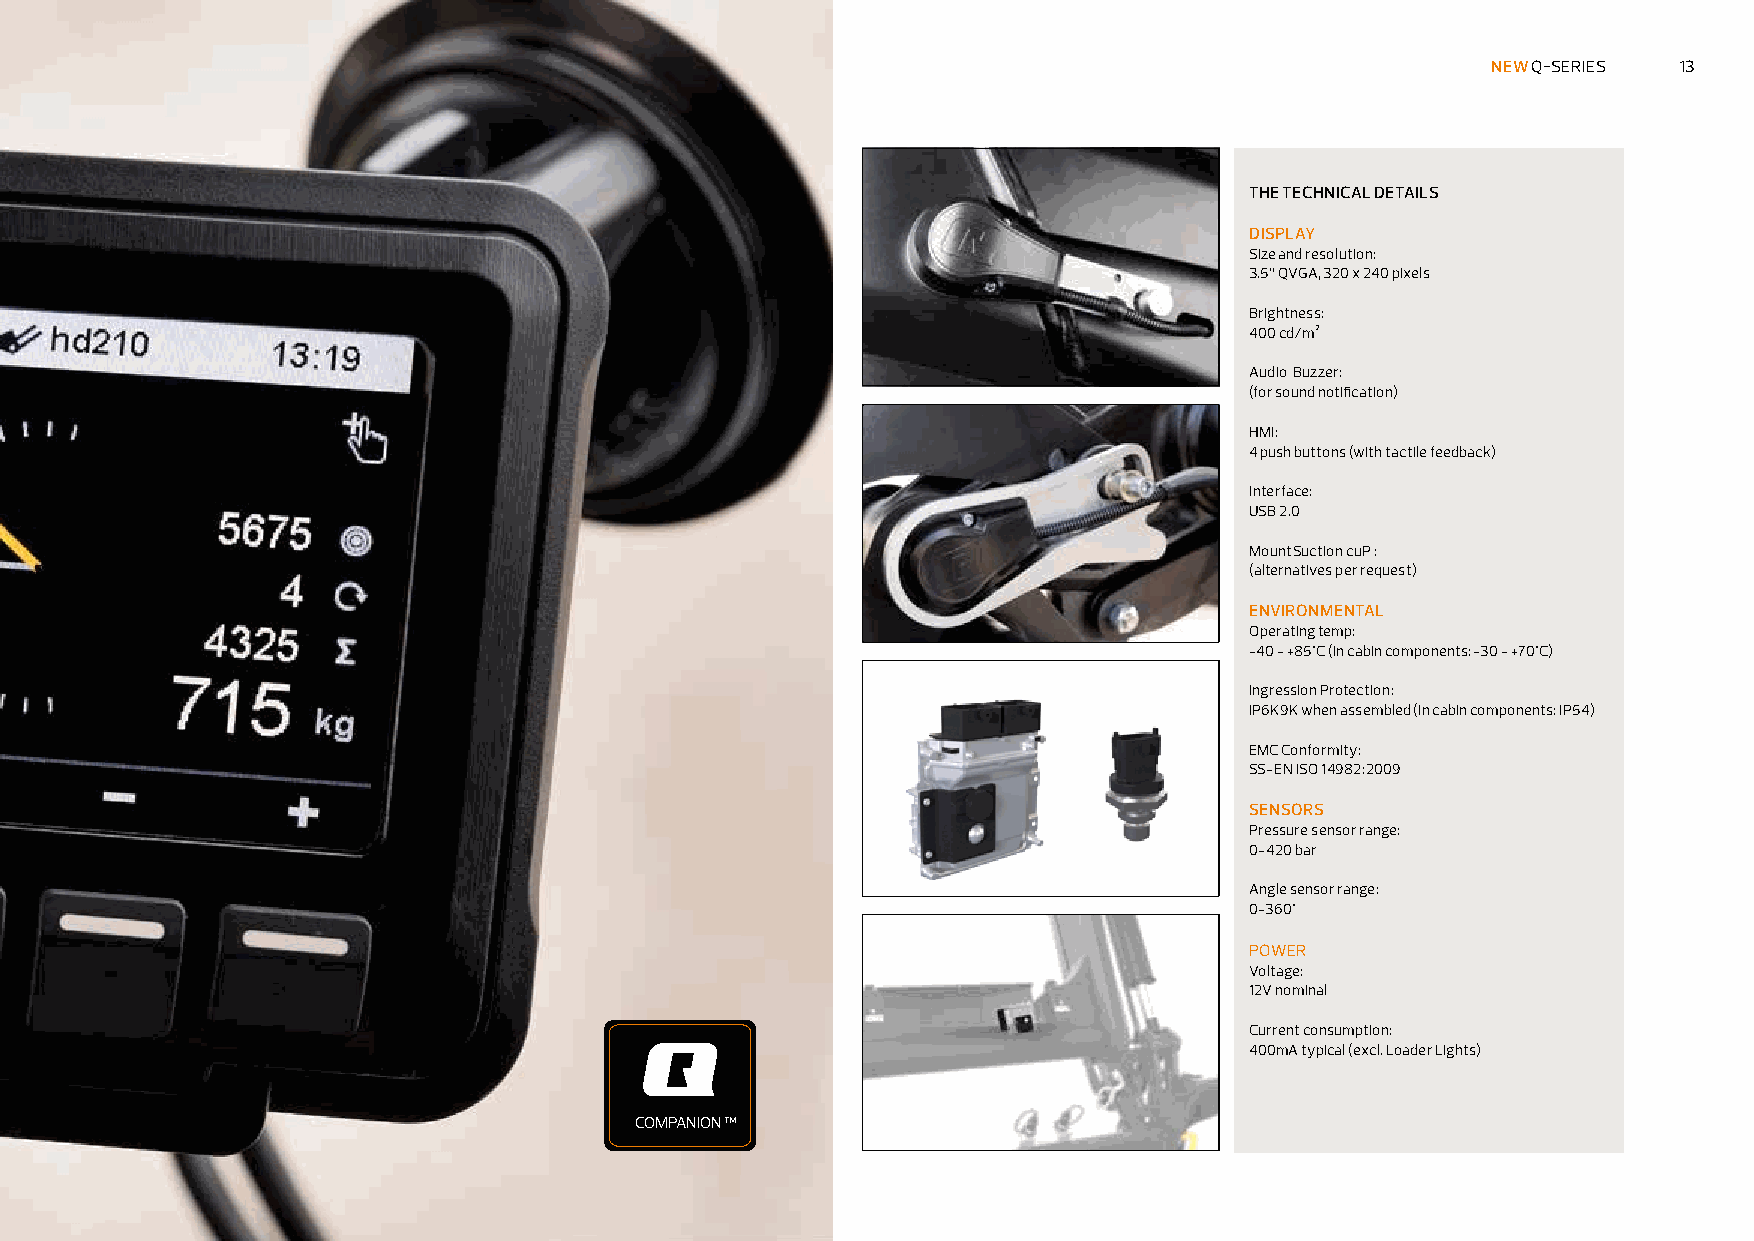
NEW Q-SERIES 13
 THE TECHNICAL DETAILS
 DISPLAY
 Size and resolution:
 3.5” QVGA, 320 x 240 pixels
 Brightness:
 400 cd/m²
 Audio Buzzer:
 (for sound notification)
 HMI:
 4 push buttons (with tactile feedback)
 Interface:
 USB 2.0
 Mount Suction cuP :
 (alternatives per request)
 ENVIRONMENTAL
 Operating temp:
 -40 - +85°C (In cabin components: -30 - +70°C)
 Ingression Protection:
 IP6K9K when assembled (In cabin components: IP54)
 EMC Conformity:
 SS-EN ISO 14982:2009
 SENSORS
 Pressure sensor range:
 0-420 bar
 Angle sensor range:
 0-360°
 POWER
 Voltage:
 12V nominal
 Current consumption:
 400mA typical (excl. Loader Lights)
 COMPANION ™